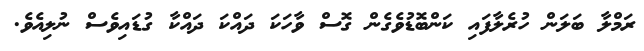
ރަމްލާ ބަލަން ހުރެލާފައި ކަންބޮޑުވެގެން ގޮސް ވާހަކަ ދައްކަ ދައްކާ ގުޑައިވެސް ނުލިއެވެ.